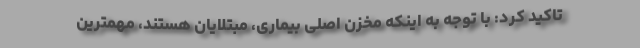
تاکید کرد: با توجه به اینکه مخزن اصلی بیماری، مبتلایان هستند، مهمترین